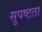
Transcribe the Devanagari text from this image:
सुपष्टता